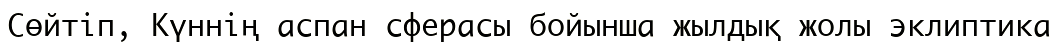
Сөйтіп, Күннің аспан сферасы бойынша жылдық жолы эклиптика